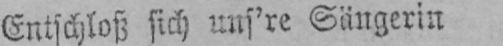
Entschloß sich uns’re Sängerin